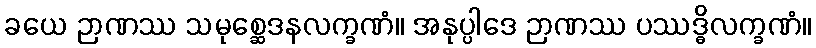
ခယေ ဉာဏဿ သမုစ္ဆေဒနလက္ခဏံ။ အနုပ္ပါဒေ ဉာဏဿ ပဿဒ္ဓိလက္ခဏံ။